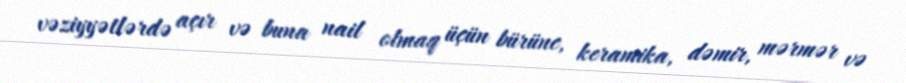
vəziyyətlərdə açır və buna nail olmaq üçün bürünc, keramika, dəmir, mərmər və